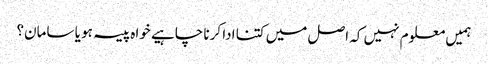
ہمیں معلوم نہیں کہ اصل میں کتنا ادا کرنا چاہیے خواہ پیسہ ہو یا سامان؟